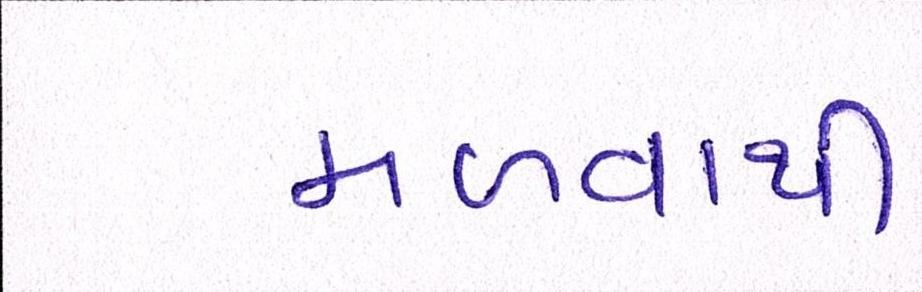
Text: મળવાથી